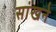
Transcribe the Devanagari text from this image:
सांखने